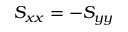
S _ { x x } = - S _ { y y }